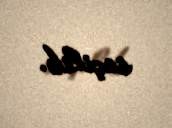
seçilib.